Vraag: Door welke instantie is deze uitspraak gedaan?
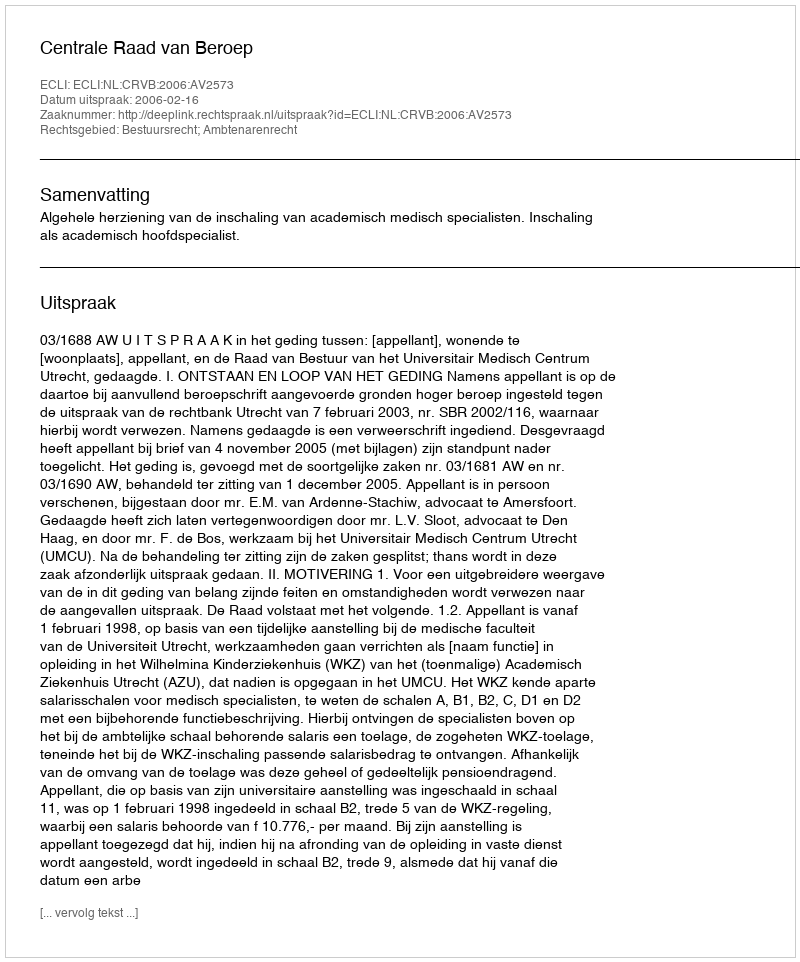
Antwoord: Centrale Raad van Beroep